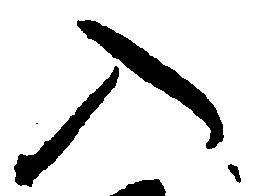
入